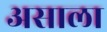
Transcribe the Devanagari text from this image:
असाला